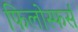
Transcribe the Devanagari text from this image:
फिलोस्फर्स